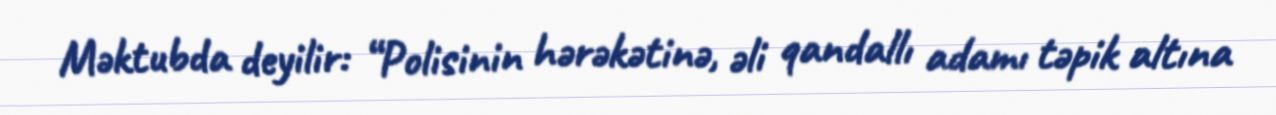
Məktubda deyilir: “Polisinin hərəkətinə, əli qandallı adamı təpik altına